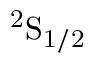
\mathrm { ^ { 2 } S _ { 1 / 2 } }